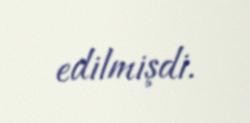
edilmişdi.